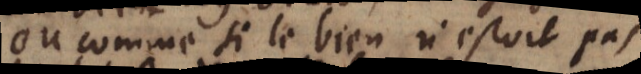
ou comme si le bien n’estoit pas